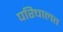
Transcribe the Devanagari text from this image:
परिचालत